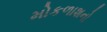
મોકળાશનો